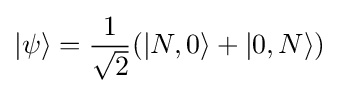
|\psi \rangle ={\frac {1}{\sqrt {2}}}(|N,0\rangle +|0,N\rangle )